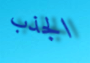
الجذب